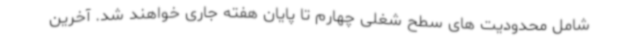
شامل محدودیت های سطح شغلی چهارم تا پایان هفته جاری خواهند شد. آخرین